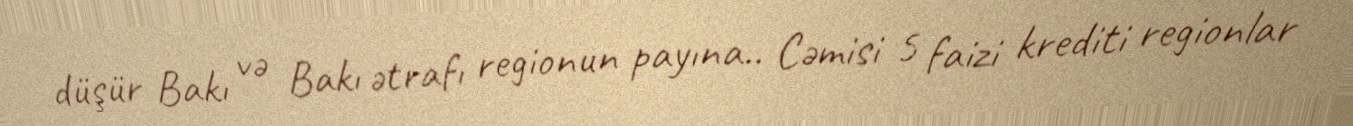
düşür Bakı və Bakı ətrafı regionun payına.. Cəmisi 5 faizi krediti regionlar